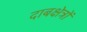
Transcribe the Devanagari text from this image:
दाबक्षेत्रों